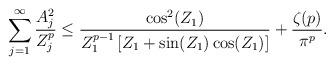
LaTeX: \begin{align*}\sum_{j=1}^\infty \frac{A_j^2}{Z_j^p} \leq \frac{\cos^2(Z_1)}{Z_1^{p-1}\left[Z_1 + \sin(Z_1)\cos(Z_1) \right]} + \frac{\zeta(p)}{\pi^p}.\end{align*}